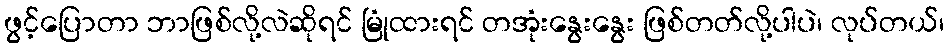
ဖွင့်ပြောတာ ဘာဖြစ်လို့လဲဆိုရင် မြုံထားရင် တအုံးနွေးနွေး ဖြစ်တတ်လို့ပါပဲ၊ လုပ်တယ်၊